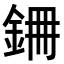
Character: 𮡱